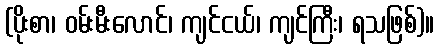
(ပိုးစာ၊ ဝမ်းမီးလောင်၊ ကျင်ငယ်၊ ကျင်ကြီး၊ ရသဖြစ်)။